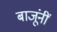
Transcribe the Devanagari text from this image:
बाजूंनीं